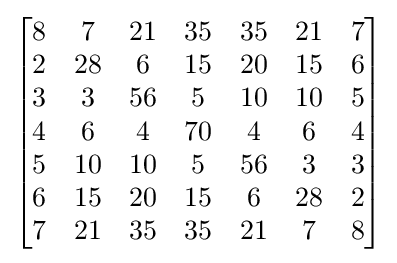
{\begin{bmatrix}{\begin{matrix}8&7&21&35&35&21&7\\2&28&6&15&20&15&6\\3&3&56&5&10&10&5\\4&6&4&70&4&6&4\\5&10&10&5&56&3&3\\6&15&20&15&6&28&2\\7&21&35&35&21&7&8\end{matrix}}\end{bmatrix}}